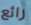
رائع